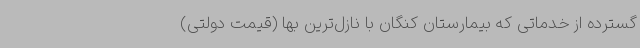
گسترده از خدماتی که بیمارستان کنگان با نازل‌ترین بها (قیمت دولتی)